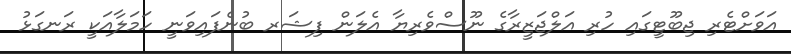
އަވަށްޓެރި ޖިބޫޓީގައި ހުރި އަލްޖަޒީރާގެ ނޫސްވެރިޔާ އެލަން ފިޝަރ ބުނެފައިވަނީ ހަމަލާއަކީ ރަނގަޅު